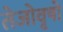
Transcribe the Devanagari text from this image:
तेजोवृषो